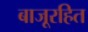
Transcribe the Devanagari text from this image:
बाजूरहित